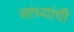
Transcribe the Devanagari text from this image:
सांध्यांची